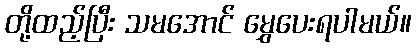
တို့ထည့်ပြီး သမအောင် မွှေပေးရပါမယ်။